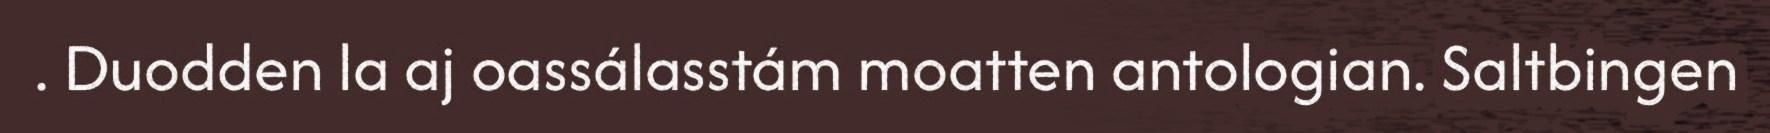
. Duodden la aj oassálasstám moatten antologian. Saltbingen